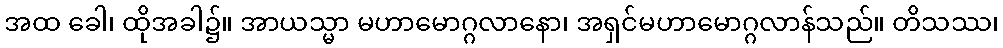
အထ ခေါ၊ ထိုအခါ၌။ အာယသ္မာ မဟာမောဂ္ဂလာနော၊ အရှင်မဟာမောဂ္ဂလာန်သည်။ တိသဿ၊